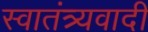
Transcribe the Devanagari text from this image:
स्वातंत्र्यवादी